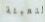
التعبئة